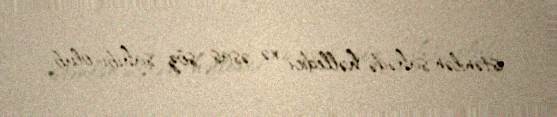
istənilən sahədə həlledici və əsas söz sahibi olub.